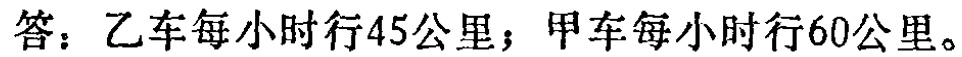
答：乙车每小时行45公里；甲车每小时行60公里。